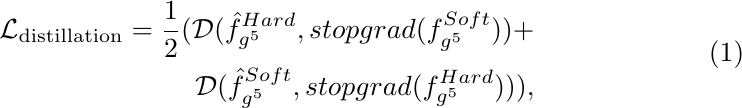
\begin{equation}
\begin{split}
    \mathcal{L}_{\text{distillation}} = \frac{1}{2}( \mathcal{D}(\hat{f}^{Hard}_{g^5}, stopgrad({f}^{Soft}_{g^5})) + \\ \mathcal{D}(\hat{f}^{Soft}_{g^5}, stopgrad({f}^{Hard}_{g^5})) ),
\end{split}
\end{equation}